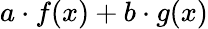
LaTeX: a\cdot f(x)+b\cdot g(x)